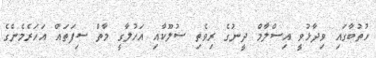
ހުތުބާގައި ވިދާޅުވީ އިސްލާމް ދީނުގެ ރިވެތި ސުލޫކާއި އަހުލާގީ މާތް ސިފަތައް އަހަރެމެންގެ